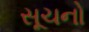
સૂચનો